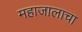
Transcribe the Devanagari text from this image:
महाजालाचा